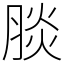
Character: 腅